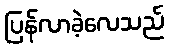
ပြန်လာခဲ့လေသည်